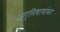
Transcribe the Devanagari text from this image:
अग्निबाणांवर